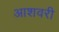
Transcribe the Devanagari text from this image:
आशवरी